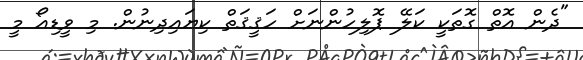
"ދެން އޮތް ގޮތަކީ ކަލޭ ޕޮލިހުންނަށް ހަޤީޤަތް ކިޔައިދިނުން. މި ވީޑިއޯ މީ